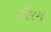
ઈસમ